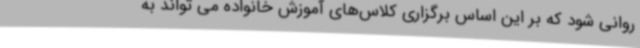
روانی شود که بر این اساس برگزاری کلاس‌های آموزش خانواده می تواند به